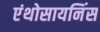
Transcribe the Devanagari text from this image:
एंथोसायनिंस